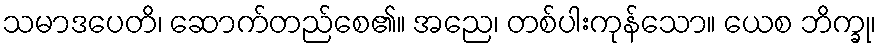
သမာဒပေတိ၊ ဆောက်တည်စေ၏။ အညေ၊ တစ်ပါးကုန်သော။ ယေစ ဘိက္ခု၊